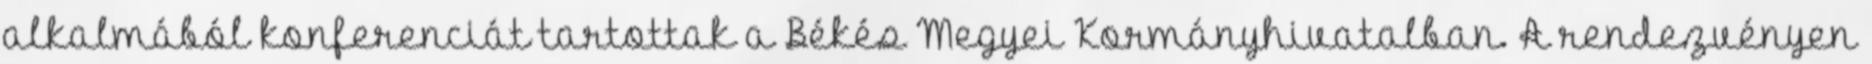
alkalmából konferenciát tartottak a Békés Megyei Kormányhivatalban. A rendezvényen